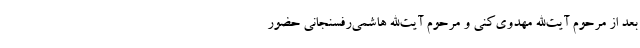
بعد از مرحوم آیت‌الله مهدوی‌کنی و مرحوم آیت‌الله هاشمی‌رفسنجانی حضور